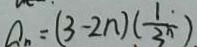
a _ { n } = ( 3 - 2 n ) ( \frac { 1 } { 3 ^ { n } } )